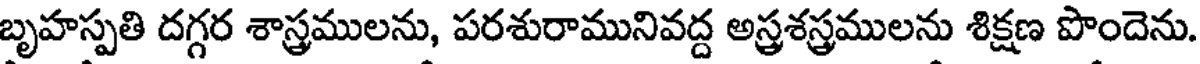
బృహస్పతి దగ్గర శాస్త్రములను, పరశురామునివద్ద అస్త్రశస్త్రములను శిక్షణ పొందెను.